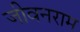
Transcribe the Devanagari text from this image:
जीवनराम